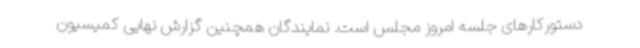
دستورکارهای جلسه امروز مجلس است. نمایندگان همچنین گزارش نهایی کمیسیون